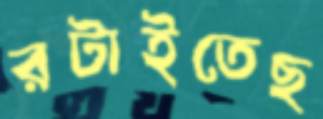
রটাইতেছ